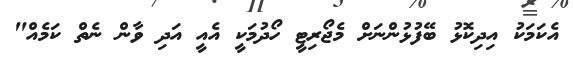
އެކަމަކު އިދިކޮޅު ބޭފުޅުންނަށް މެޖޯރިޓީ ހޯދުމަކީ އެއީ އަދި ވާން ނެތް ކަމެއް"